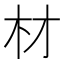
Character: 材